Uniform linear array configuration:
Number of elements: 16
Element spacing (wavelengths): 0.5
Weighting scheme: hamming
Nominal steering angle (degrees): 45
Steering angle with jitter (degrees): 44.221
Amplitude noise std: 0.05
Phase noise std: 0.05

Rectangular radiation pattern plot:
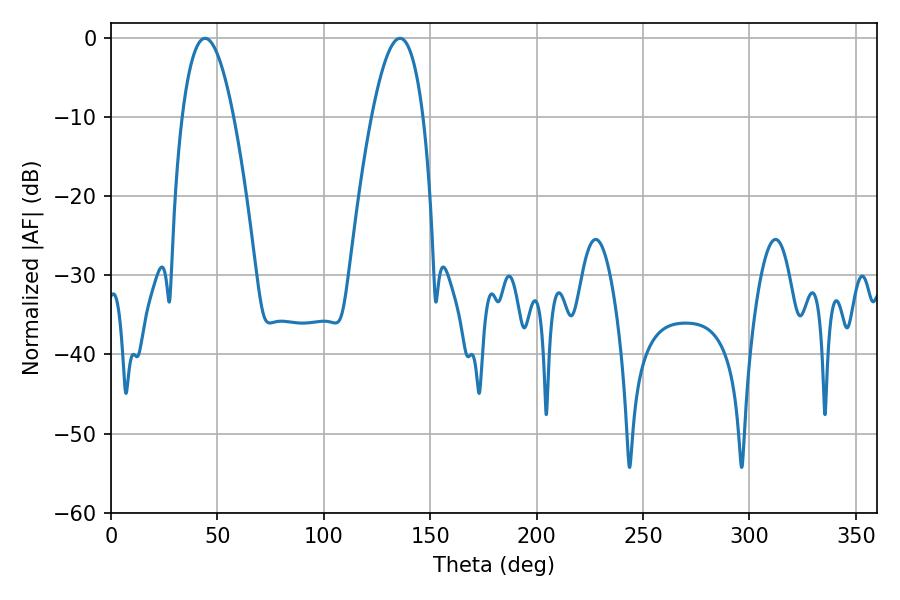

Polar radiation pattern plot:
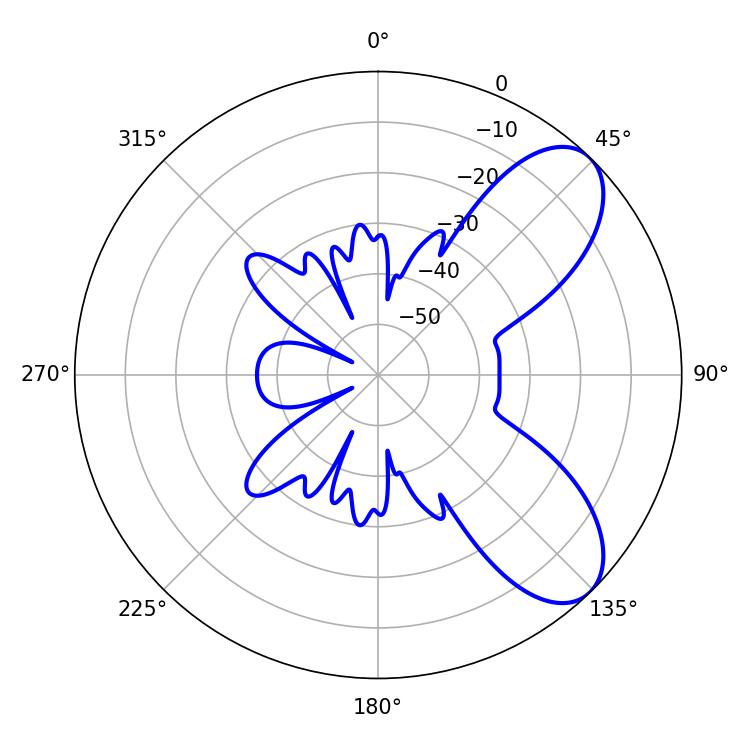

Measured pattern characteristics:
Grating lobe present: FALSE
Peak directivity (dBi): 7.575
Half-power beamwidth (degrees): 13.32
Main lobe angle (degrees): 44.28